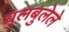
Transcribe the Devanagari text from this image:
बुलबुलेले